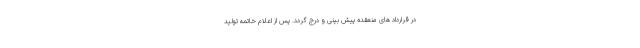
در قرارداد های منعقده پیش بینی و درج گردد. پس از اعلام خاتمه تولید